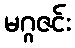
မဂ္ဂဇင်း